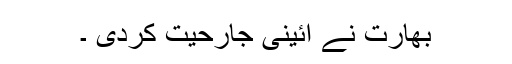
بھارت نے آئینی جارحیت کردی ۔